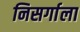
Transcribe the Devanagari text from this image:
निसर्गाला